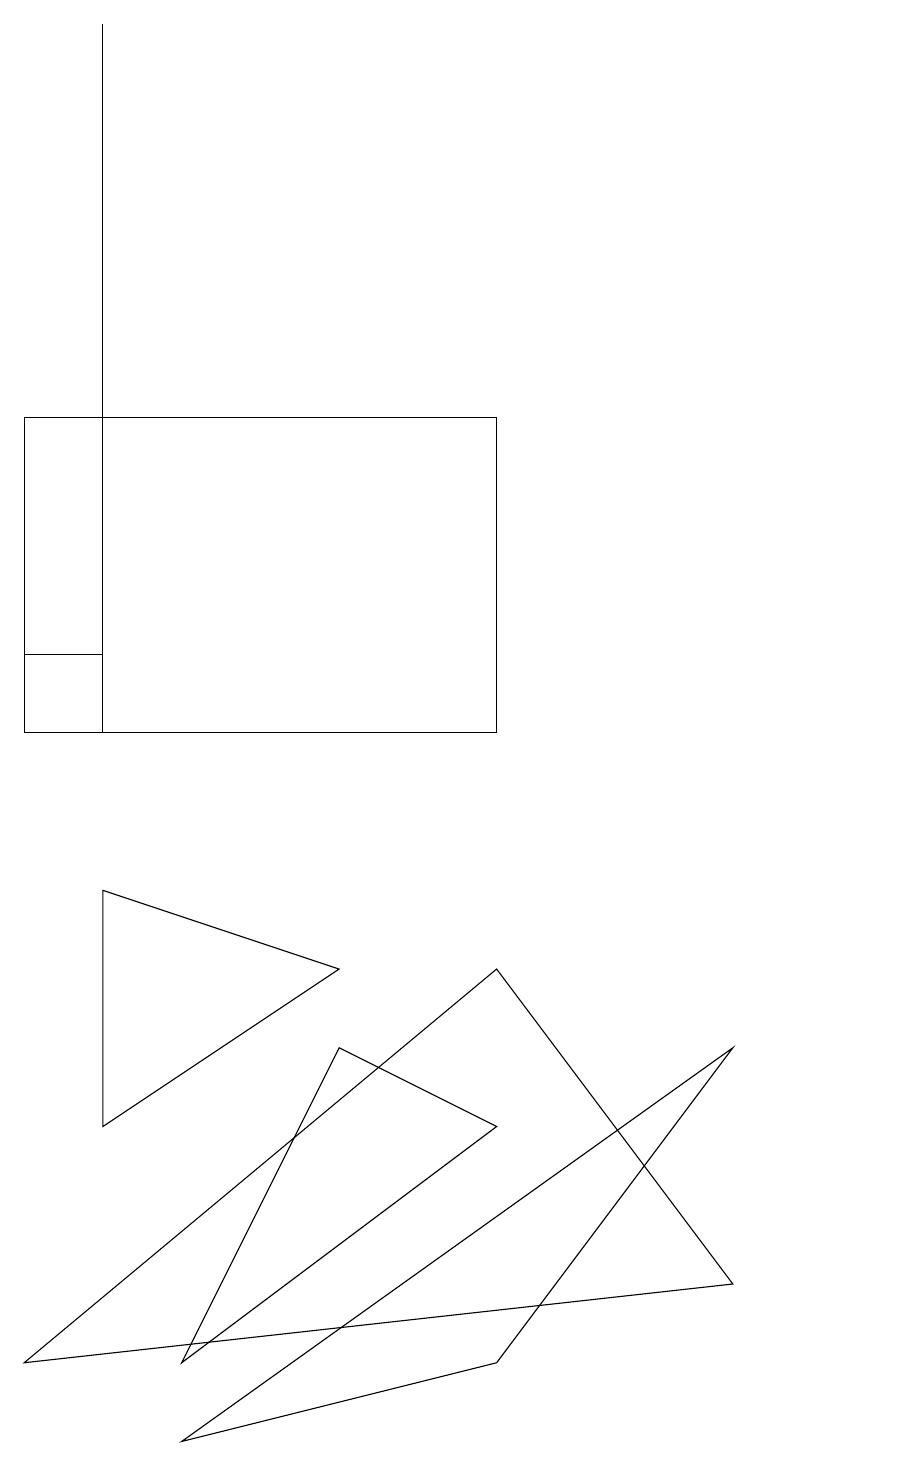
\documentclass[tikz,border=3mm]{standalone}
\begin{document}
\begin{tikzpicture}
\draw (0,11) rectangle (1,11);
\draw (6,10) rectangle (0,14);
\draw (1,10) rectangle (1,19);
\draw (6,7) -- (9,3) -- (0,2) -- cycle;
\draw (6,5) -- (4,6) -- (2,2) -- cycle;
\draw (2,1) -- (9,6) -- (6,2) -- cycle;
\draw (1,5) -- (4,7) -- (1,8) -- cycle;
\draw (11,10) circle (0);
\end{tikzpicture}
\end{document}